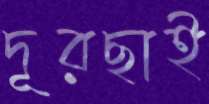
দূরছাই